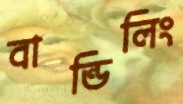
বান্ডিলিং